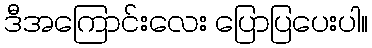
ဒီအကြောင်းလေး ပြောပြပေးပါ။